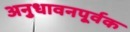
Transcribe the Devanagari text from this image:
अनुधावनपूर्वक